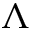
\Lambda